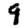
Digit: 9